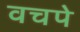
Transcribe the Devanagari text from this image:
वचपे